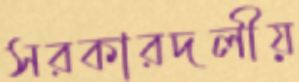
সরকারদলীয়